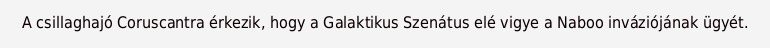
A csillaghajó Coruscantra érkezik, hogy a Galaktikus Szenátus elé vigye a Naboo inváziójának ügyét.